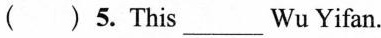
( )5.This ___ Wu Yifan.